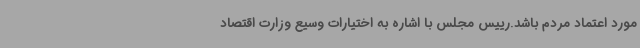
مورد اعتماد مردم باشد.رییس مجلس با اشاره به اختیارات وسیع وزارت اقتصاد